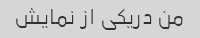
من دریکی از نمایش